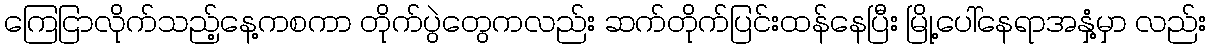
ကြေငြာလိုက်သည့်နေ့ကစကာ တိုက်ပွဲတွေကလည်း ဆက်တိုက်ပြင်းထန်နေပြီး မြို့ပေါ်နေရာအနှံ့မှာ လည်း